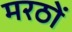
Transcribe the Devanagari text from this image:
मरठों